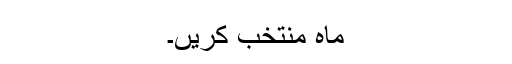
ماہ منتخب کریں۔